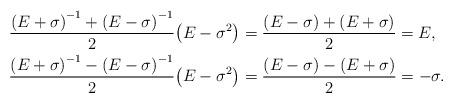
LaTeX: \begin{align*}\frac {\left ( E + \sigma \right )^{-1}+\left ( E - \sigma \right )^{-1}}{2} \big ( E-\sigma^2 \big )&=\frac{(E-\sigma) + (E+\sigma)}{2}=E,\\\frac {\left ( E + \sigma \right )^{-1}-\left ( E - \sigma \right )^{-1}}{2} \big ( E-\sigma^2 \big )&=\frac{(E-\sigma) - (E+\sigma)}{2}=-\sigma.\end{align*}